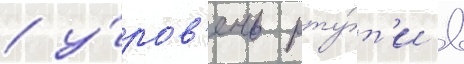
/ у́ров'ень рту́т'и в